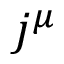
j ^ { \mu }